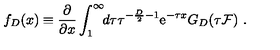
f _ { D } ( x ) \equiv { \frac { \partial } { \partial x } } \int _ { 1 } ^ { \infty } \! \! d \tau \tau ^ { - { \frac { D } { 2 } } - 1 } { \mathrm e } ^ { - \tau x } G _ { D } ( \tau { \cal F } ) \ .